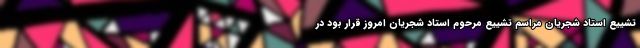
تشییع استاد شجریان مراسم تشییع مرحوم استاد شجریان امروز قرار بود در